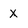
Character: X